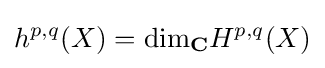
h^{p,q}(X)=\mathrm {dim} _{\mathbf {C} }H^{p,q}(X)